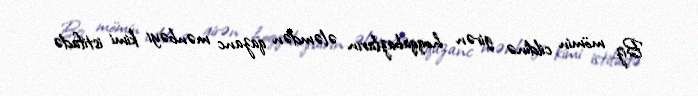
Biz mömin cildinə girən hoqqabazların ələmdən qazanc mənbəyi kimi istifadə